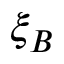
\xi _ { B }